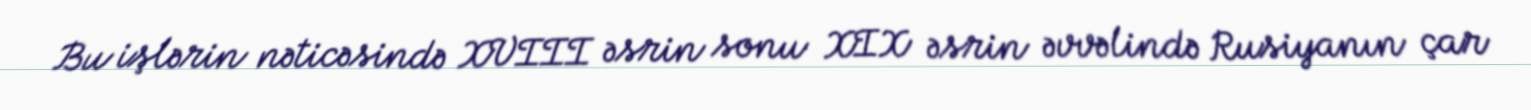
Bu işlərin nəticəsində XVIII əsrin sonu XIX əsrin əvvəlində Rusiyanın çar